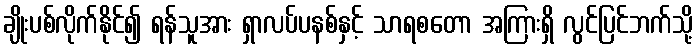
ချိုးပစ်လိုက်နိုင်၍ ရန်သူအား ရှာလပ်ပနစ်နှင့် သာရစတော အကြားရှိ လွင်ပြင်ဘက်သို့